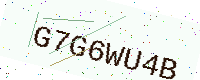
Text: G7G6WU4B